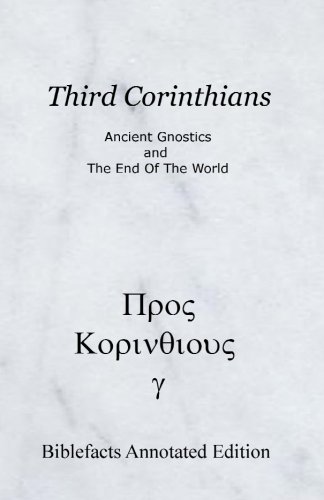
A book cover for Third Corinthians: Ancient Gnostics And The End Of The World; Ken Johnson; Christian Books & Bibles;